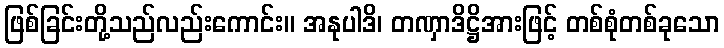
ဖြစ်ခြင်းတို့သည်လည်းကောင်း။ အနုပါဒိ၊ တဏှာဒိဋ္ဌိအားဖြင့် တစ်စုံတစ်ခုသော